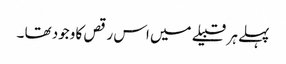
پہلے ہر قبیلے میں اس رقص کا وجود تھا ۔